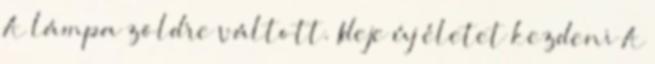
A lámpa zöldre váltott. Ideje új életet kezdeni A